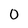
Character: 0